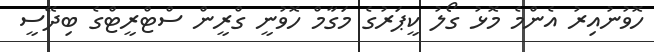
ހޮވުނުއިރު އެންމެ މޮޅު ގޯލު ކީޕަރުގެ މަގާމް ހޮވުނީ ގްރީން ސްޓްރީޓްގެ ބިދޭސީ